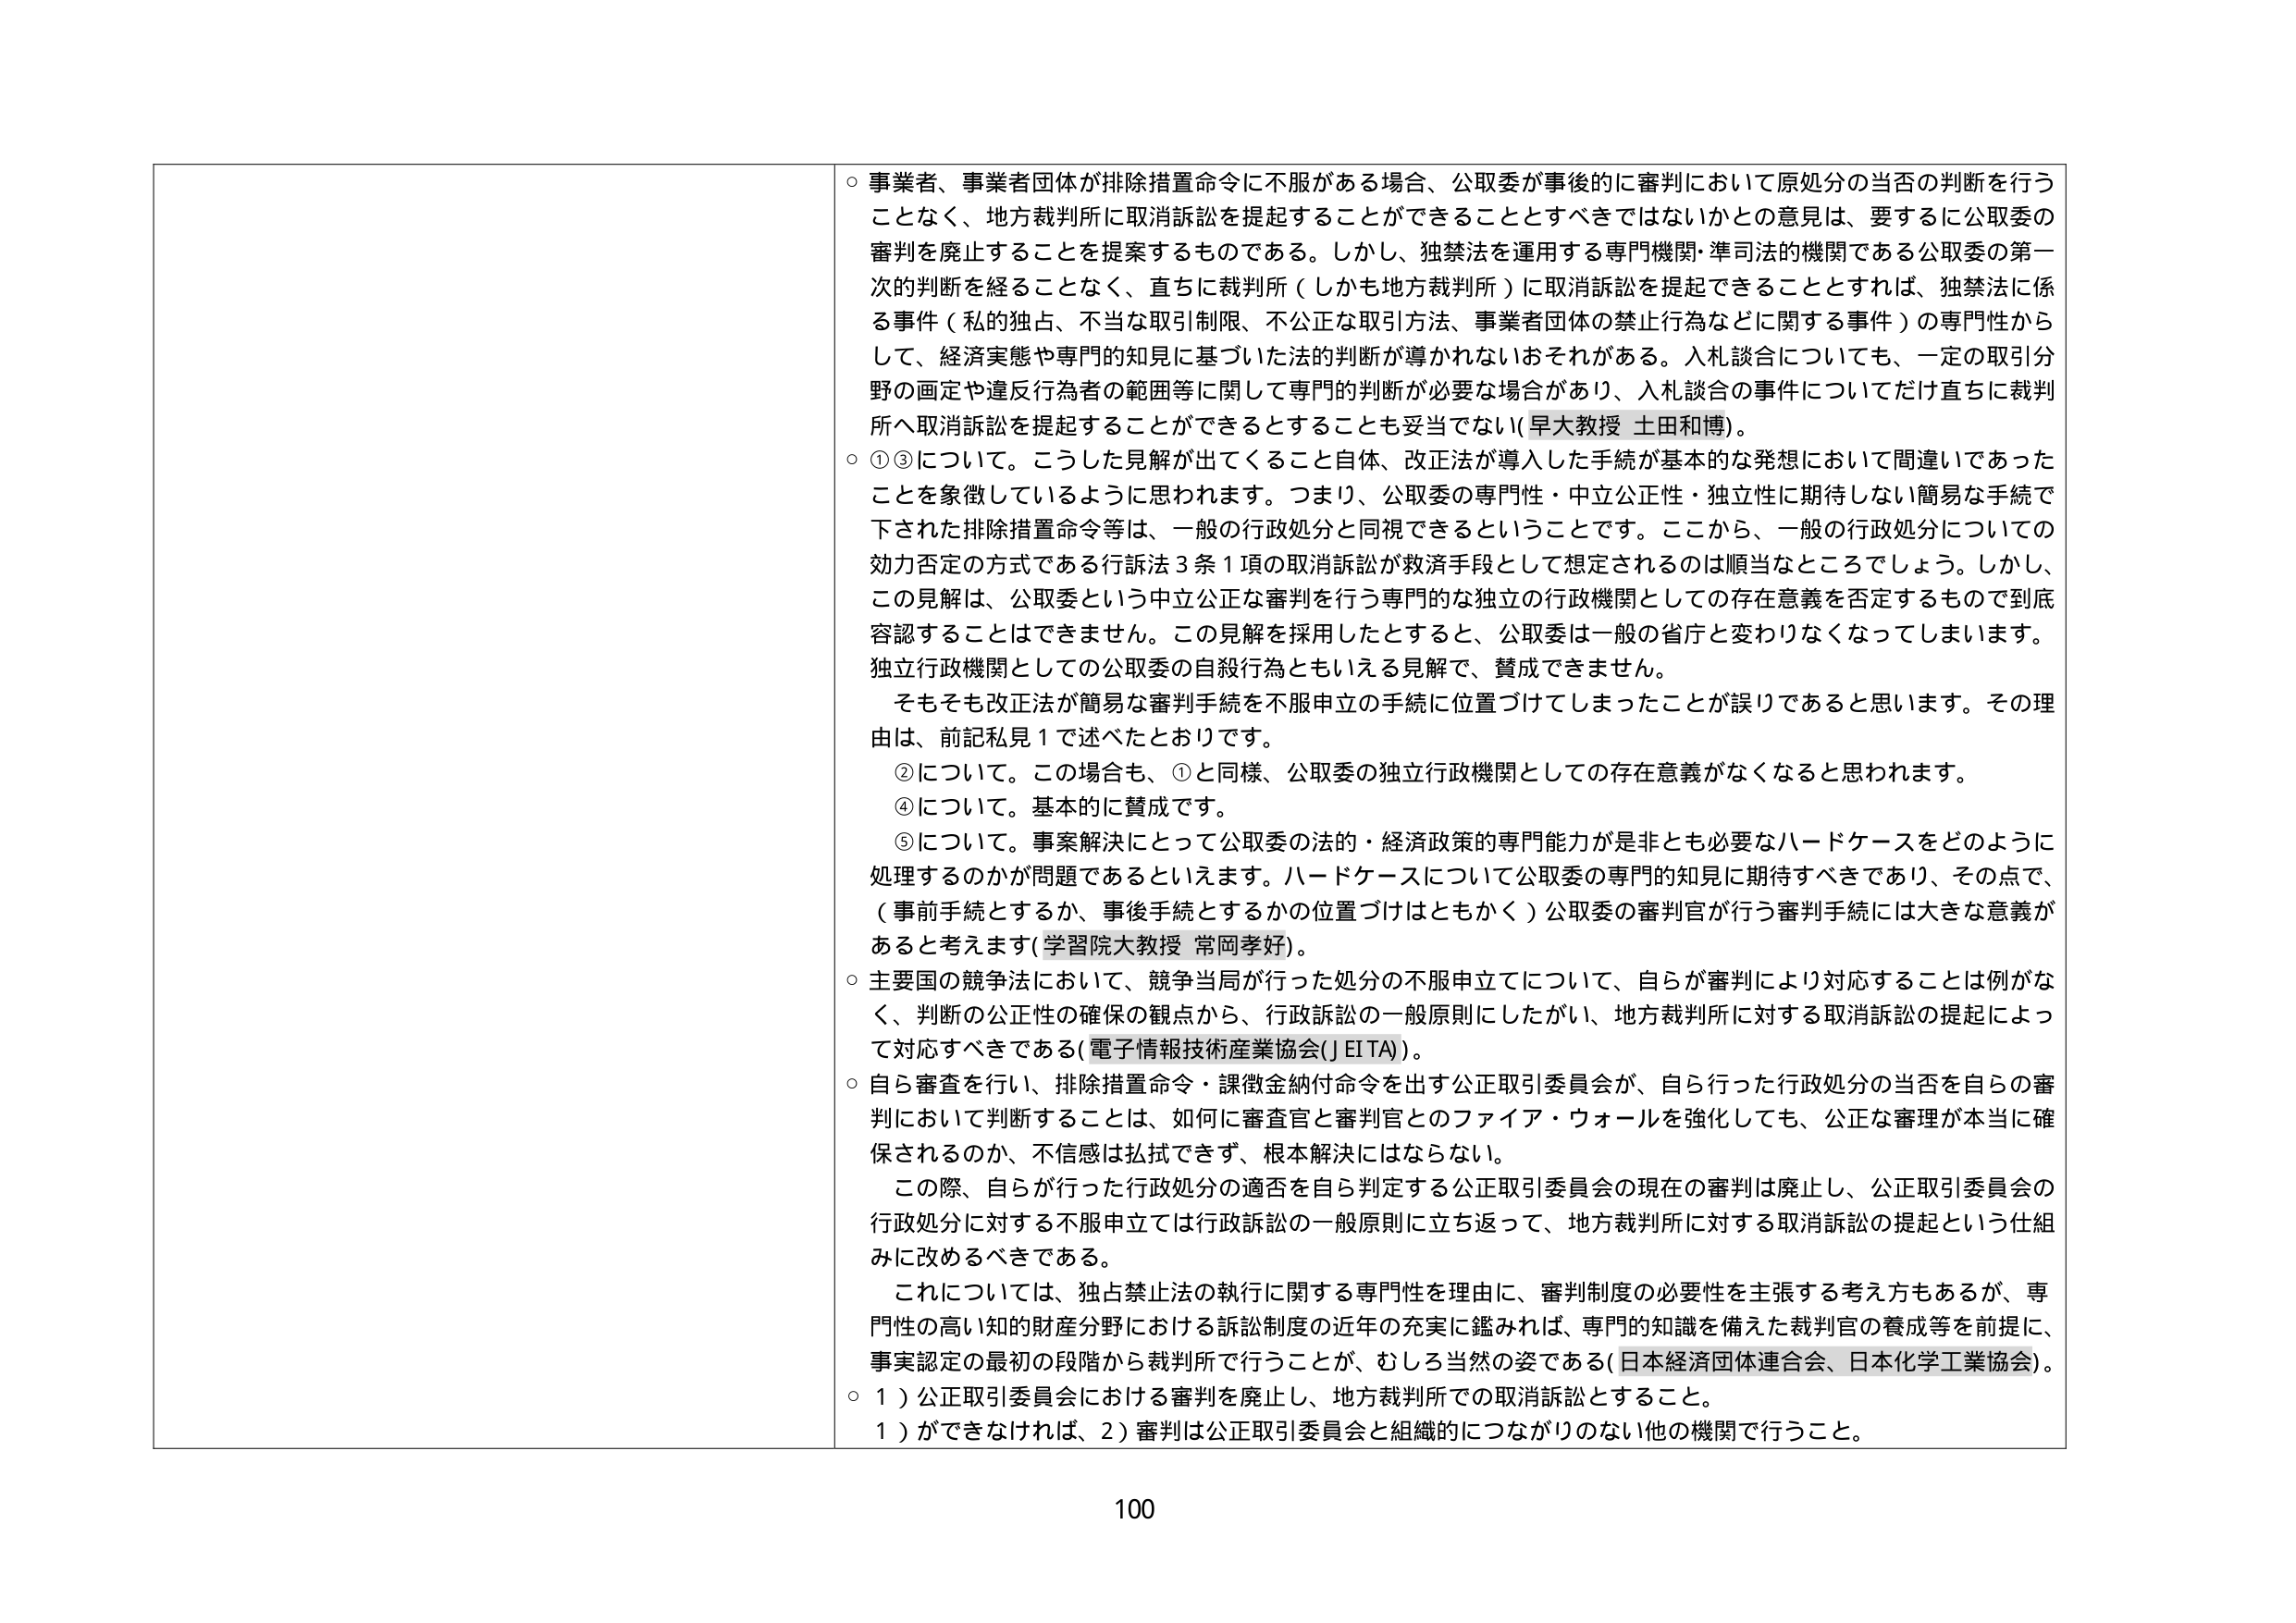
○ 事業者、事業者団体が排除措置命令に不服がある場合、公取委が事後的に審判において原処分の当否の判断を行うことなく、地方裁判所に取消訴訟を提起することができることとすべきではないかとの意見は、要するに公取委の審判を廃止することを提案するものである。しかし、独禁法を運用する専門機関・準司法的機関である公取委の第一次的判断を経ることなく、直ちに裁判所（しかも地方裁判所）に取消訴訟を提起できることとすれば、独禁法に係る事件（私的独占、不当な取引制限、不公正な取引方法、事業者団体の禁止行為などに関する事件）の専門性からして、経済実態や専門的知見に基づいた法的判断が導かれないおそれがある。入札談合についても、一定の取引分野の画定や違反行為者の範囲等に関して専門的判断が必要な場合があり、入札談合の事件についてだけ直ちに裁判所へ取消訴訟を提起することができるとしても妥当でない（早大教授 土田和博）。

○ ①③について。こうした見解が出てくること自体、改正法が導入した手続が基本的な発想において間違いであったことを象徴しているように思われます。つまり、公取委の専門性・中立公正性・独立性に期待しない簡易な手続で下された排除措置命令等は、一般の行政処分と同視できるということです。ここから、一般の行政処分についての効力否定の方式である行訴法３条１項の取消訴訟が救済手段として想定されるのは順当なところでしょう。しかし、この見解は、公取委という中立公正な審判を行う専門的な独立の行政機関としての存在意義を否定するもので到底容認することはできません。この見解を採用したとすると、公取委は一般の省庁と変わりなくなってしまいます。独立行政機関としての公取委の自殺行為ともいえる見解で、賛成できません。

　そもそも改正法が簡易な審判手続を不服申立の手続に位置づけてしまったことが誤りであると思います。その理由は、前記私見１で述べたとおりです。

　②について。この場合も、①と同様、公取委の独立行政機関としての存在意義がなくなると思われます。

　④について。基本的に賛成です。

　⑤について。事案解決にとって公取委の法的・経済政策的専門能力が是非とも必要なハードケースをどのように処理するのかが問題であるといえます。ハードケースについて公取委の専門的知見に期待すべきであり、その点で、（事前手続とするか、事後手続とするかの位置づけはともかく）公取委の審判官が行う審判手続には大きな意義があると考えます（学習院大教授 常岡孝好）。

○ 主要国の競争法において、競争当局が行った処分の不服申立について、自らが審判により対応することは例がなく、判断の公正性の確保の観点から、行政訴訟の一般原則にしたがい、地方裁判所に対する取消訴訟の提起によって対応すべきである（電子情報技術産業協会（JEITA））。

○ 自ら審査を行い、排除措置命令・課徴金納付命令を出す公正取引委員会が、自ら行った行政処分の当否を自らの審判において判断することは、如何に審査官と審判官とのファイア・ウォールを強化しても、公正な審理が本当に確保されるのか、不信感は払拭できず、根本解決にはならない。

　この際、自らが行った行政処分の適否を自ら判定する公正取引委員会の現在の審判は廃止し、公正取引委員会の行政処分に対する不服申立では行政訴訟の一般原則に立ち返って、地方裁判所に対する取消訴訟の提起という仕組みに改めるべきである。

　これについては、独占禁止法の執行に関する専門性を理由に、審判制度の必要性を主張する考え方もあるが、専門性の高い知的財産分野における訴訟制度の近年の充実に鑑みれば、専門的知識を備えた裁判官の養成等を前提に、事実認定の最初の段階から裁判所で行うことが、むしろ当然の姿である（日本経済団体連合会、日本化学工業協会）。

○ １）公正取引委員会における審判を廃止し、地方裁判所での取消訴訟とすること。

　１）ができなければ、２）審判は公正取引委員会と組織的につながりのない他の機関で行うこと。

100